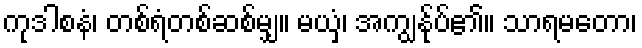
ကုဒါစနံ၊ တစ်ရံတစ်ဆစ်မျှ။ မယှံ၊ အကျွန်ုပ်၏။ သာရမတော၊